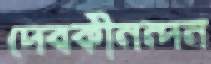
দেবকীনন্দন